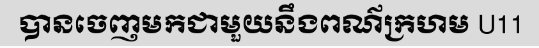
បានចេញមកជាមួយនឹងពណ៌ក្រហម U11